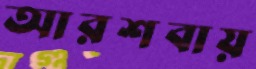
আরশবায়